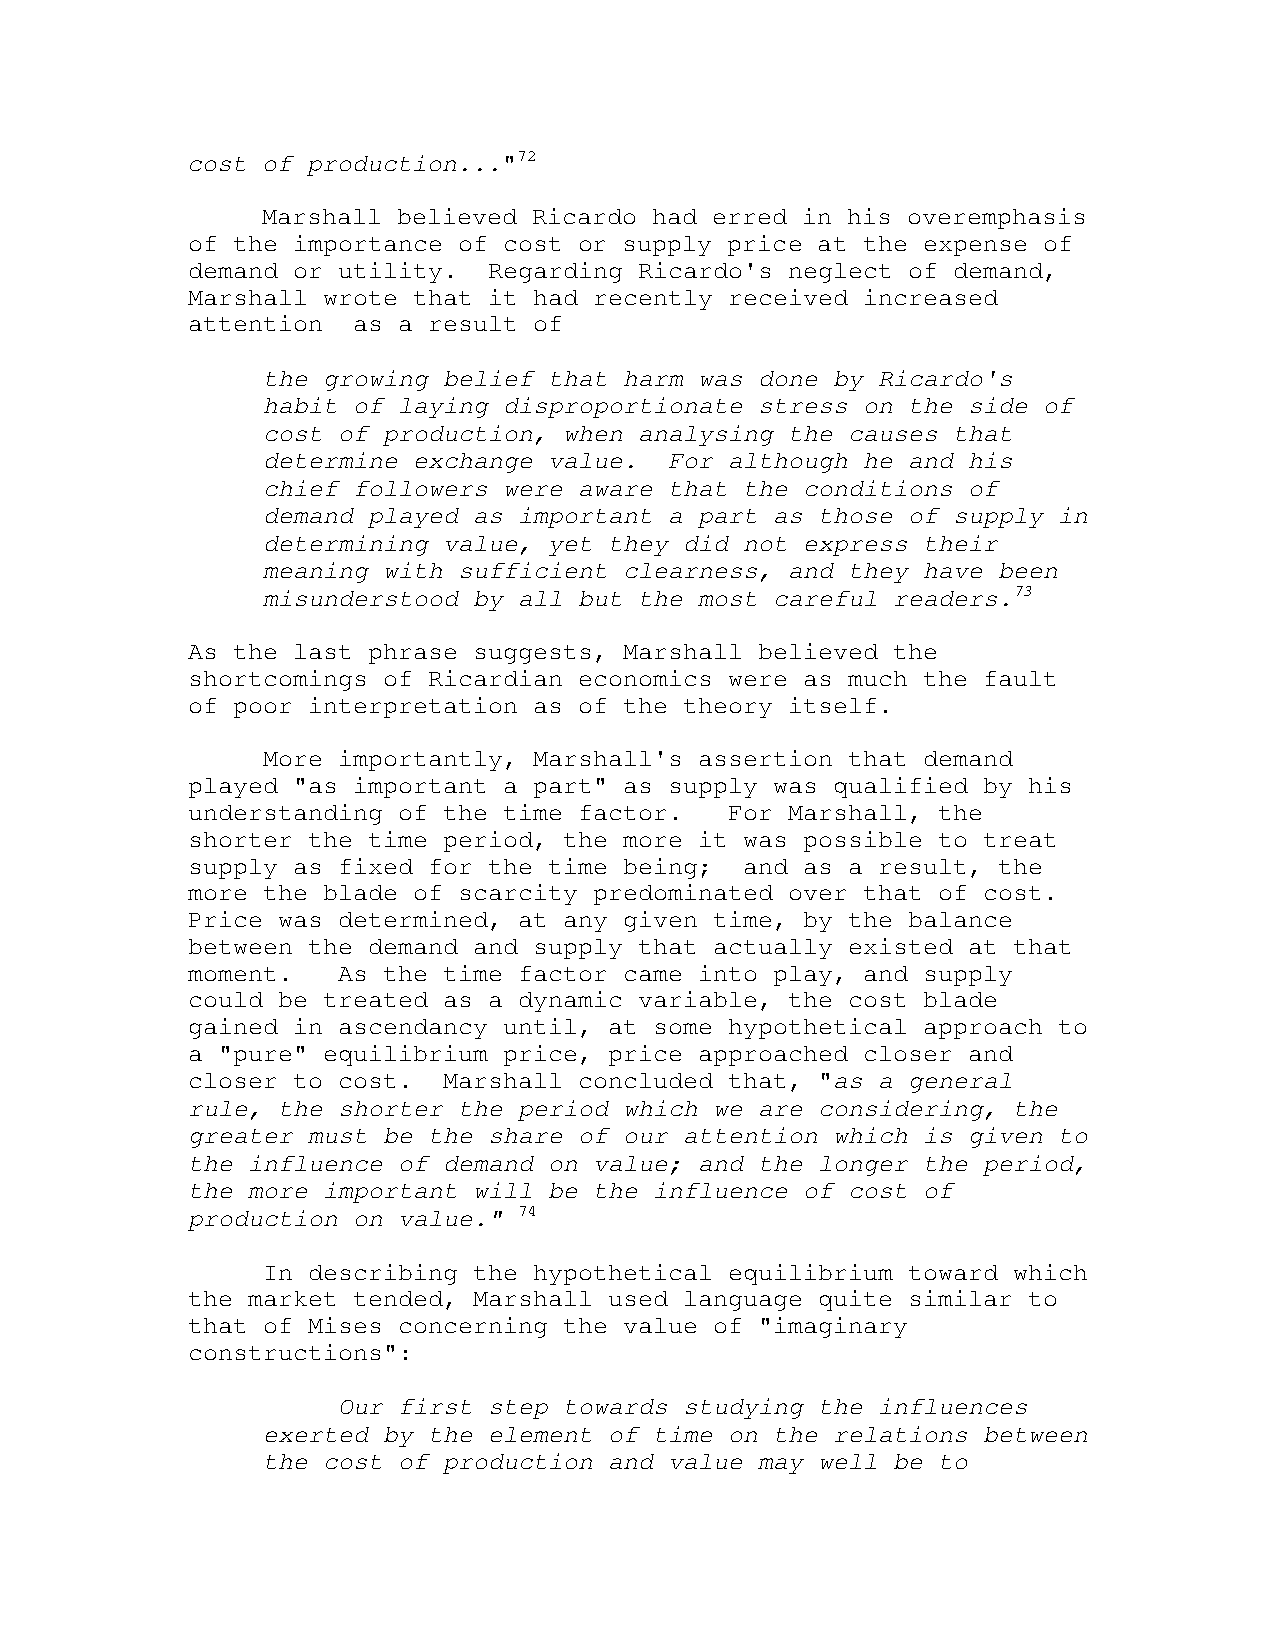
cost of production..."72
 Marshall believed Ricardo had erred in his overemphasis
 of the importance of cost or supply price at the expense of
 demand or utility.  Regarding Ricardo's neglect of demand,
 Marshall wrote that it had recently received increased
 attention  as a result of
 the growing belief that harm was done by Ricardo's
 habit of laying disproportionate stress on the side of
 cost of production, when analysing the causes that
 determine exchange value.  For although he and his
 chief followers were aware that the conditions of
 demand played as important a part as those of supply in
 determining value, yet they did not express their
 meaning with sufficient clearness, and they have been
 misunderstood by all but the most careful readers.73
 As the last phrase suggests, Marshall believed the
 shortcomings of Ricardian economics were as much the fault
 of poor interpretation as of the theory itself.
 More importantly, Marshall's assertion that demand
 played "as important a part" as supply was qualified by his
 understanding of the time factor.   For Marshall, the
 shorter the time period, the more it was possible to treat
 supply as fixed for the time being;  and as a result, the
 more the blade of scarcity predominated over that of cost.
 Price was determined, at any given time, by the balance
 between the demand and supply that actually existed at that
 moment.   As the time factor came into play, and supply
 could be treated as a dynamic variable, the cost blade
 gained in ascendancy until, at some hypothetical approach to
 a "pure" equilibrium price, price approached closer and
 closer to cost.  Marshall concluded that, "as a general
 rule, the shorter the period which we are considering, the
 greater must be the share of our attention which is given to
 the influence of demand on value; and the longer the period,
 the more important will be the influence of cost of
 production on value." 74
 In describing the hypothetical equilibrium toward which
 the market tended, Marshall used language quite similar to
 that of Mises concerning the value of "imaginary
 constructions":
 Our first step towards studying the influences
 exerted by the element of time on the relations between
 the cost of production and value may well be to